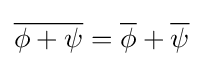
{\overline {\phi +\psi }}={\overline {\phi }}+{\overline {\psi }}